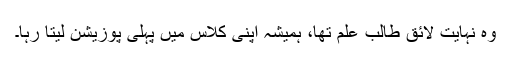
وہ نہایت لائق طالب علم تھا، ہمیشہ اپنی کلاس میں پہلی پوزیشن لیتا رہا۔